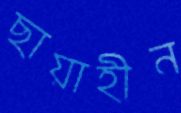
ছায়াহীন